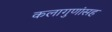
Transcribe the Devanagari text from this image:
कलागुणांसह